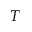
T